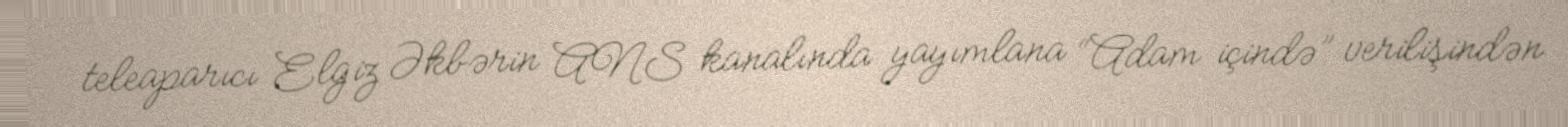
teleaparıcı Elgiz Əkbərin ANS kanalında yayımlana “Adam içində” verilişindən